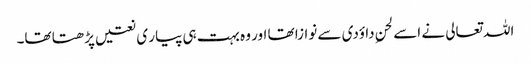
اللہ تعالی نے اسے لحنِ داؤدی سے نوازا تھا اور وہ بہت ہی پیار ی نعتیں پڑھتا تھا۔